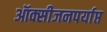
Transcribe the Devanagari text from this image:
ऑक्सीजनपर्याप्त